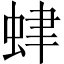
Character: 𧊐